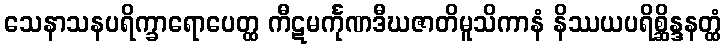
သေနာသနပရိက္ခာရောပေတ္ထ ကီဋမင်္ကုဏဒီဃဇာတိမူသိကာနံ နိဿယပရိစ္ဆိန္ဒနတ္ထံ